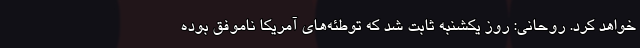
خواهد کرد. روحانی: روز یکشنبه ثابت شد که توطئه‌های آمریکا ناموفق بوده